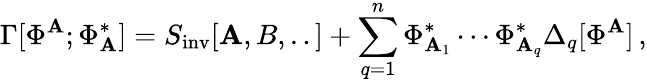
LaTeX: \Gamma[\Phi^{\mathbf{A}};\Phi_{\mathbf{A}}^{*}]=S_{\mathrm{{inv}}}[\mathbf{A},B,..]+\sum_{q=1}^{n}\Phi_{\mathbf{A}_{1}}^{*}\cdots\Phi_{\mathbf{A}_{q}}^{*}\Delta_{q}[\Phi^{\mathbf{A}}]\, ,